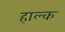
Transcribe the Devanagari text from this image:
हाल्क